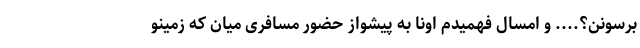
برسونن؟.... و امسال فهمیدم اونا به پیشواز حضور مسافری میان که زمینو